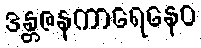
ဒန္တဇနကာရေနေဝ